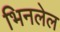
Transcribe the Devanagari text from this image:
भिनलेल